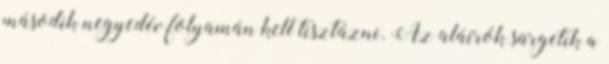
második negyedév folyamán kell tisztázni. Az aláírók sürgetik a